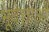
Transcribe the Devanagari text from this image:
भूवेत्ताओं